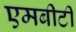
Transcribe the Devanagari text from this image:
एमबीटी